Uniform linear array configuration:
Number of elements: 48
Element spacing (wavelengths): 0.75
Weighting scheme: cosine
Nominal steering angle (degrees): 15
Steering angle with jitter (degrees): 14.135
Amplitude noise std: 0.05
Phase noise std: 0.05

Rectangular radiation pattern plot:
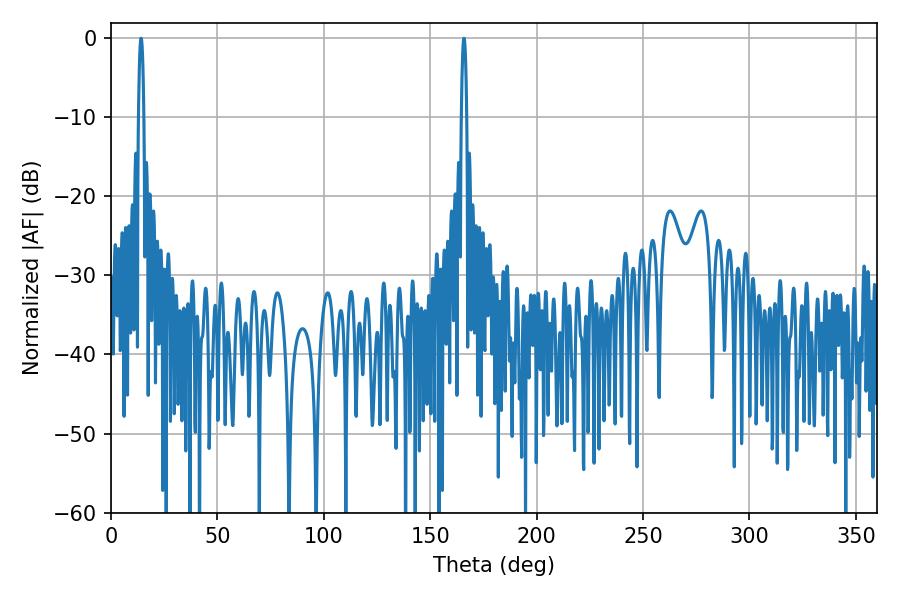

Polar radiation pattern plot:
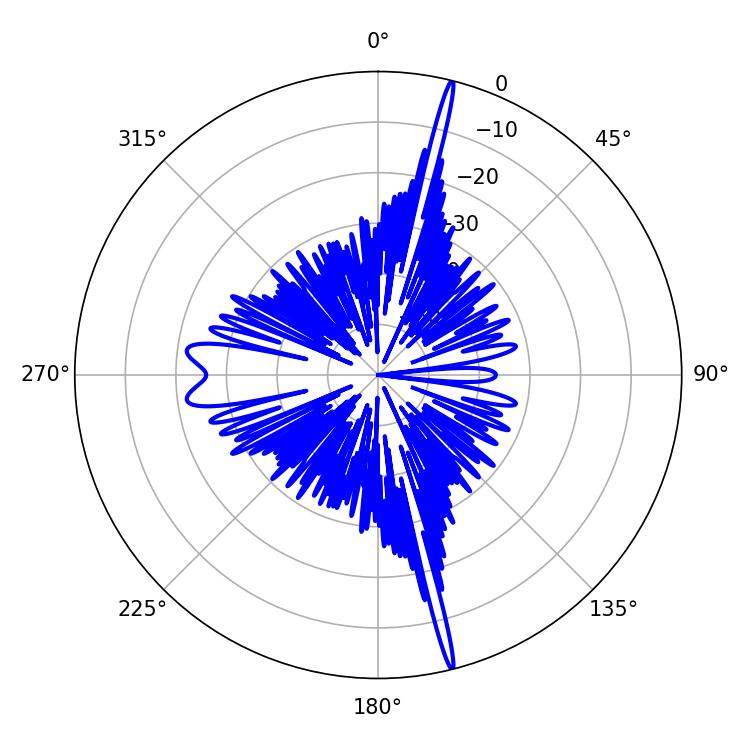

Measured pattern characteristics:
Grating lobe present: TRUE
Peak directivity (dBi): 22.224
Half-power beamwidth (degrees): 1.26
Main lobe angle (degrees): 165.78